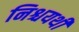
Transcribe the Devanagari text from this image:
निश्चयथी